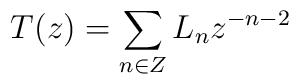
T(z)=\sum_{n \in Z} L_n z^{-n-2}